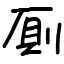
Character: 厠